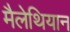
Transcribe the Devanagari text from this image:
मैलेथियान